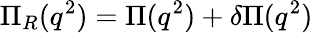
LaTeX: \Pi_{R}(q^{2})=\Pi(q^{2})+\delta\Pi(q^{2})